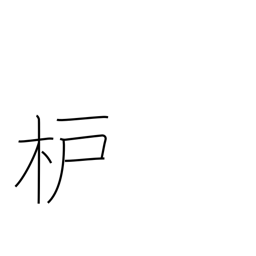
Meaning: sumac